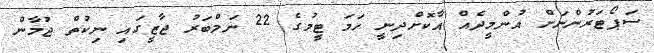
ސަޕޯޓަރުންނަށް އުންމީދެއް އާކޮށްދިނީ ހަމަ ޓީމުގެ 22 ނަމްބަރު ޖާޒީގައި ނިކުތް ޖުމާން